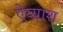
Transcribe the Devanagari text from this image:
ऐय्याश